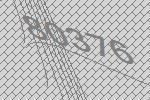
80376